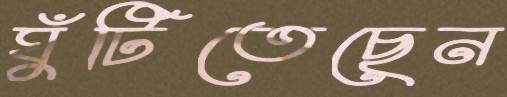
ঘুঁটিতেছেন